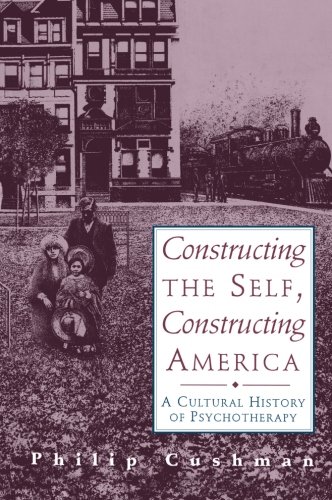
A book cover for Constructing The Self, Constructing America: A Cultural History Of Psychotherapy; Philip Cushman; Medical Books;